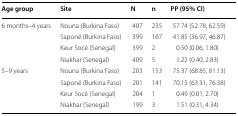
<table><thead><tr><td><b>Age group</b></td><td><b>Site</b></td><td><b>N</b></td><td><b>n</b></td><td><b>PP (95% CI)</b></td></tr></thead><tbody><tr><td rowspan="4">6 months–4 years</td><td>Nouna (Burkina Faso)</td><td>407</td><td>235</td><td>57.74 (52.78, 62.59)</td></tr><tr><td>Saponé (Burkina Faso)</td><td>399</td><td>167</td><td>41.85 (36.97, 46.87)</td></tr><tr><td>Keur Socé (Senegal)</td><td>399</td><td>2</td><td>0.50 (0.06, 1.80)</td></tr><tr><td>Niakhar (Senegal)</td><td>409</td><td>5</td><td>1.22 (0.40, 2.83)</td></tr><tr><td rowspan="4">5–9 years</td><td>Nouna (Burkina Faso)</td><td>203</td><td>153</td><td>75.37 (68.85, 81.13)</td></tr><tr><td>Saponé (Burkina Faso)</td><td>201</td><td>141</td><td>70.15 (63.31, 76.38)</td></tr><tr><td>Keur Socé (Senegal)</td><td>204</td><td>1</td><td>0.49 (0.01, 2.70)</td></tr><tr><td>Niakhar (Senegal)</td><td>199</td><td>3</td><td>1.51 (0.31, 4.34)</td></tr></tbody></table>